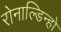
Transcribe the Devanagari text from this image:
रोनाल्डिन्हो